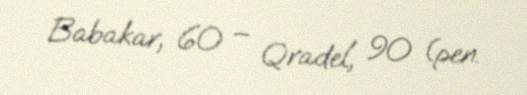
Babakar, 60 – Qradel, 90 (pen.